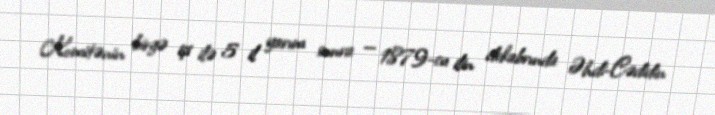
Komitənin birgə işi ilə 5 il yarım sonra — 1879-cu ilin dekabrında Əhdi-Cədidin